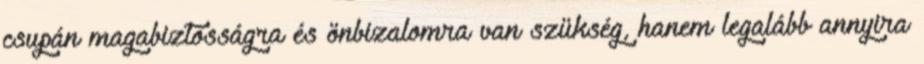
csupán magabiztosságra és önbizalomra van szükség, hanem legalább annyira